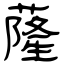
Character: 蕯